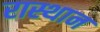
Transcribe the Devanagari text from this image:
रास्थान